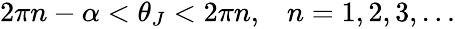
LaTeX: \begin{array}{r}{2\pi n-\alpha<\theta_{J}<2\pi n,\; \; \; n=1,2,3,\dots}\end{array}